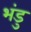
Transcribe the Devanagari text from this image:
भंडु